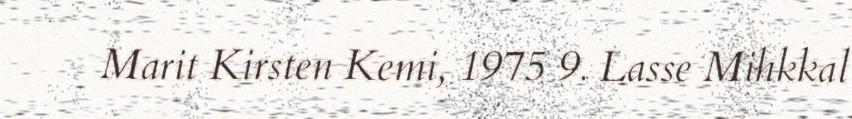
Marit Kirsten Kemi, 1975 9. Lasse Mihkkal